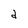
Character: d